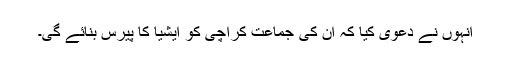
انہوں نے دعویٰ کیا کہ ان کی جماعت کراچی کو ایشیا کا پیرس بنائے گی۔